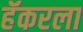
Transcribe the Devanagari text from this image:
हॅकरला